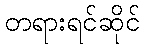
တရားရင်ဆိုင်